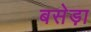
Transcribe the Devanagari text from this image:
बसेड़ा